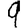
Digit: 9